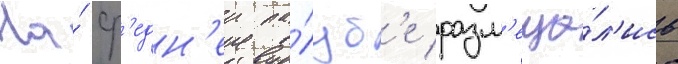
На́ ср'едн'еи па́луб'е разм'еща́л'ись